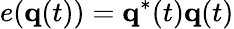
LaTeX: e({\mathbf q}(t))={\mathbf q}^{*}(t){\mathbf q}(t)